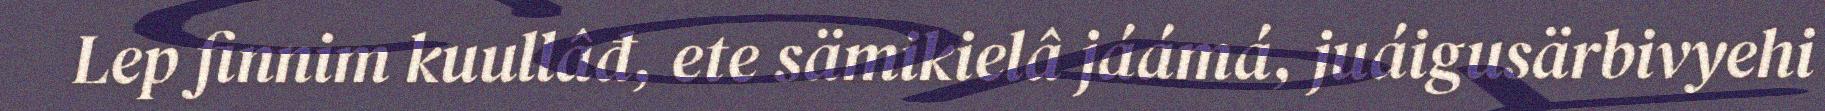
Lep finnim kuullâđ, ete sämikielâ jáámá, juáigusärbivyehi